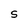
Character: S